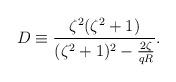
LaTeX: \begin{align*}D \equiv \frac{\zeta^2 (\zeta^2 + 1)}{(\zeta^2 + 1)^2 - \frac{2\zeta}{qR}}.\end{align*}